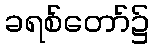
ခရစ်တော်၌